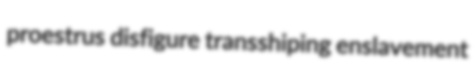
proestrus disfigure transshiping enslavement